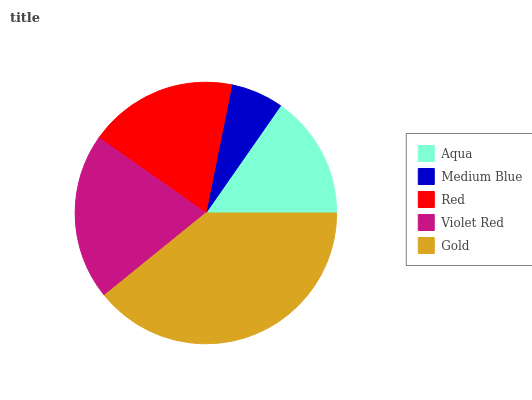
| Aqua | Medium Blue | Red | Violet Red | Gold |
 | --- | --- | --- | --- | --- |
 | 15.3% | 6.51% | 18.5% | 20.5% | 39.2% |